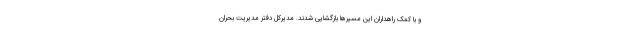
و با کمک راهداران این مسیرها بازگشایی شدند. مدیرکل دفتر مدیریت بحران